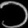
Digit: ၁